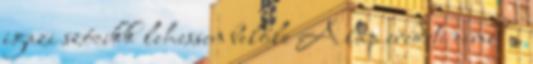
igazi szócikk lehessen belőle A lap eredeti címe: „